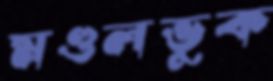
মণ্ডলভুক